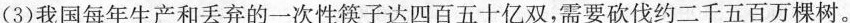
(3)我国每年生产和丢弃的一次性筷子达\underline{四百五十亿}双，需要砍伐约\underline{二千五百万}棵树。